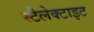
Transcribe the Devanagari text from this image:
स्टैलेक्टाइट